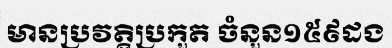
មានប្រវត្តិប្រកួត ចំនួន១៥៩ដង